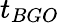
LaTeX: t_{BGO}